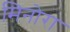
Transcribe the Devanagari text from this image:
मिनोरा